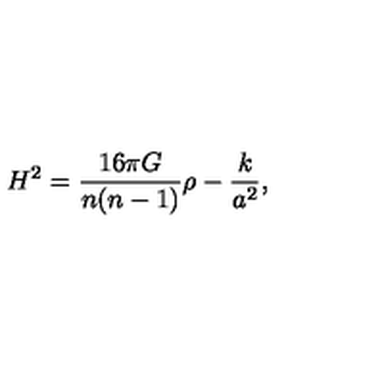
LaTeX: H ^ { 2 } = { \frac { 1 6 \pi G } { n ( n - 1 ) } } \rho - { \frac { k } { a ^ { 2 } } } ,